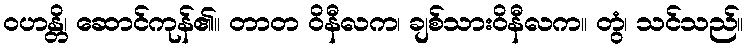
ဝဟန္တိ၊ ဆောင်ကုန်၏။ တာတ ဝိနီလက၊ ချစ်သားဝိနီလက။ တွံ၊ သင်သည်။